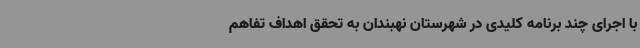
با اجرای چند برنامه کلیدی در شهرستان نهبندان به تحقق اهداف تفاهم